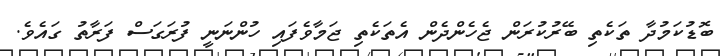
ބޮޑުކަމުދާ ތަކެތި ބޭރުކުރަން ޖެހެންދެން އެތަކެތި ޖަމާވެފައި ހުންނަނީ ފުރަގަސް ފަރާތު ގައެވެ.